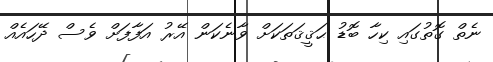
ނެތް ގޮތުގައި ކިހާ ބޮޑު ޙަޤީޤަތަކަށް ވާނެކަން އޭރު އަފާފަށް ވެސް ދޭހައެއް